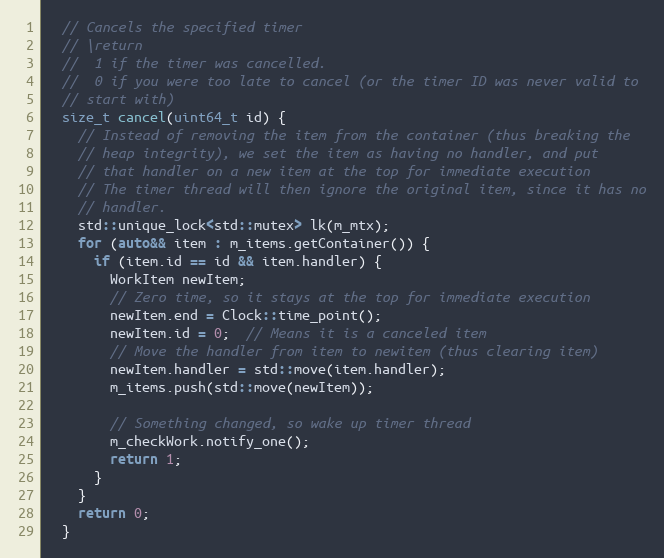
Language: C
  // Cancels the specified timer
  // \return
  //  1 if the timer was cancelled.
  //  0 if you were too late to cancel (or the timer ID was never valid to
  // start with)
  size_t cancel(uint64_t id) {
    // Instead of removing the item from the container (thus breaking the
    // heap integrity), we set the item as having no handler, and put
    // that handler on a new item at the top for immediate execution
    // The timer thread will then ignore the original item, since it has no
    // handler.
    std::unique_lock<std::mutex> lk(m_mtx);
    for (auto&& item : m_items.getContainer()) {
      if (item.id == id && item.handler) {
        WorkItem newItem;
        // Zero time, so it stays at the top for immediate execution
        newItem.end = Clock::time_point();
        newItem.id = 0;  // Means it is a canceled item
        // Move the handler from item to newitem (thus clearing item)
        newItem.handler = std::move(item.handler);
        m_items.push(std::move(newItem));

        // Something changed, so wake up timer thread
        m_checkWork.notify_one();
        return 1;
      }
    }
    return 0;
  }